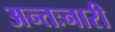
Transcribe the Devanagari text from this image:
अन्तःनारी